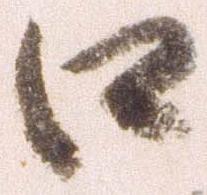
口